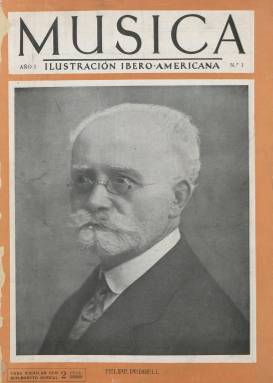
Título: Música (Barcelona. 1929)
Colección: Música
Ámbito geográfico: Barcelona
Lugar de publicación: Barcelona
Fechas: 01/09/1929-31/01/1931

Comenzó a ser editada esta revista mensual en septiembre de 1929 por Central Catalana de Publicaciones, como complemento a los dos volúmenes de su Diccionario de la música ilustrado, dirigido por Albert Torrellas y aparecido ese mismo año, pero también para la “difusión de los valores y actividades musicales iberoamericanas”, de ahí que su primer subtítulo sea “ilustración íbero-americana”, dándole así el doble carácter de revista ampliamente ilustrada con fotograbados de músicos y orquestas, entre otros, y la atención que presta a los acontecimientos musicales de la América latina, además de a los españoles. Aun así, se declara en su artículo de presentación como “gran revista nacional, independiente, ecléctica, universal”, y como continuadora de las orientaciones del compositor Felipe Pedrell (1841-1922), cuyo retrato ocupa la primera de sus siempre ilustradas cubiertas estampadas a dos tintas, acompañado en este caso por un artículo sobre la memoria del pionero de la musicología española, escrito por Adolfo Salazar, uno de sus colaboradores. La revista también distribuirá, en formato folletín o suplemento literario, un Apéndice al citado Diccionario, así como partituras musicales.

Sus entregas, entre las 28 y las 44 páginas, compuestas a dos columnas, contienen interesantes artículos y crónicas de la vida musical, adentrándose incluso, también con gran alarde fotográfico, no sólo en la fonografía, sino también en el cine sonoro, que en esos momentos irrumpía en el mundo del espectáculo de masas. Un ejemplo de los mismos son algunos de los primeros que publica bajo los siguientes epígrafes: Crónica musical de Lisboa, por Alfredo Pinto (Sacaven); La música argentina, por José María Vázquez; El teatro lírico brasileño, por Oscar Lorenzo Fernández; Vida musical valenciana, por E.L. Chavarri, o La música en América, por Joaquín Turina; refiriéndose otros a la temporada musical con motivo de la Exposición de Barcelona, al teatro lírico o la música sinfónica. También tiene otras secciones fijas para dar cuenta de la actividad musical en España y en el extranjero, otra de Publicaciones recibidas o un noticiario, además ofrece biografías y obituarios. También inserta anuncios publicitarios de venta de instrumentos, bibliografía o academias musicales, de salones, discografía o estrenos cinematográficos.

A partir de su entrega doble de septiembre de 1930, secuenciada con los números 12 y 13, la publicación sufre una transformación, siendo a partir de entonces “menos superficial y más crítica”, a juicio de Torres Mulas (1991 y 1992), pero a la vez se le irá privando de sus importantes ilustraciones. El subtítulo es ahora “revista musical para España y América”, no faltándole la aportación de sus corresponsales en España y América, para sus secciones de Correspondencias y América latina, y, además de artículos, seguirá dando noticias y ocupándose de la crítica musical y del cine sonoro. Torres Mulas señala que en ella se observará un abandono de la música de salón a favor de la de interés histórico.

Pero lo más destacado es la incorporación a su dirección del compositor, escritor y políglota Joan Maném i Panas (1883-1971), considerado como la principal figura de la tradición violinística catalana; incorporándose en la también doble entrega de noviembre-diciembre de ese año (números 15 y 16) el jesuita y compositor Antonio Massana y Beltrán (1890-1966), como subdirector; y el músico, dibujante y pedagogo Juan Gols y Soler (1894-1947), como redactor jefe, quienes escriben en sus páginas. Entre sus colaboradores también se encuentran Alfredo Pinto, L. Bosch y Pagés, C. Lozano, José Subirá, E. Vallés, J. Nogués, Alonso Abaitua, Armando Leca, José Artero, J. Lamonte de Grignon, José M. Álvarez Taladriz, E. Serrano, Mariano Perelló, Gustave Koeckert, C. Macario Kastner o Giuseppe Piccioli. La revista apenas superó el año de vida, pues su última entrega, de enero de 1931, corresponde a sus números 17 y 18 (en la que se advierte una errata de secuencia entre su cubierta y su portada).